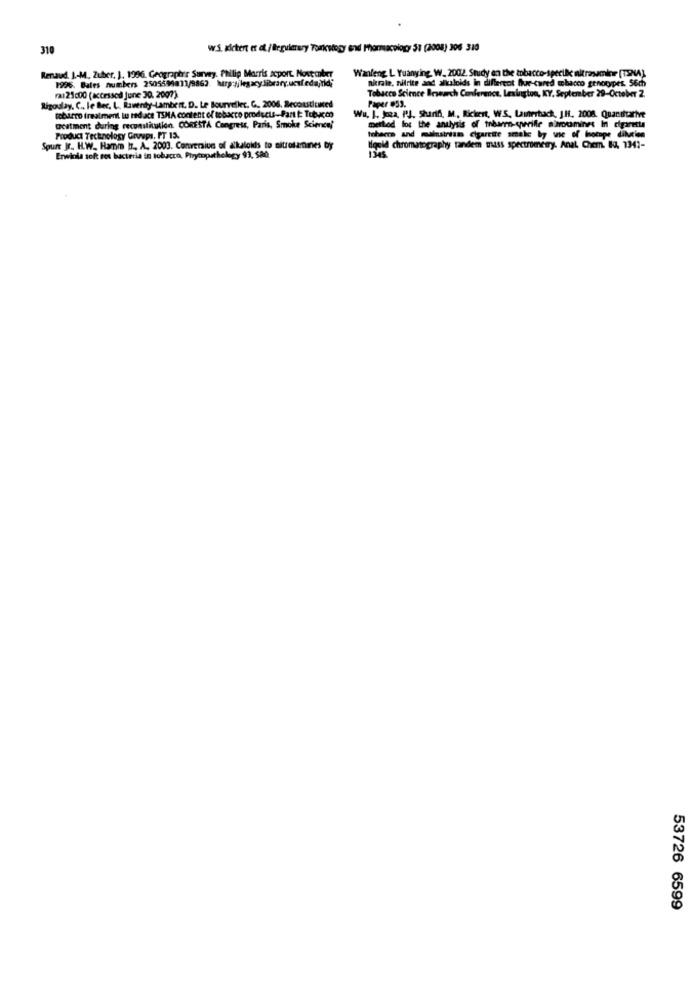
310
w.S. Kichert ot at/ legalmery Tonkology and Manuacology 51 (2008) 306 3:10
Wanleng L Yuanying. W. 2002. Snidy en the tobacco-speribe altrasmier (TINA)
Renaud. J .- M ., Zuber. ), 1996. Geographer Survey. Philip Morris acport. November
1996. Bales numbers 2505599811/9862. hur jjlegacy.library.ucsfedajnld;
nitrate, nitrite and alkaloids in different fue-cared wobacco grnocypes. 56m
Tobacco Science Brsearch Conference, Lexington, KY. September 29-October 2.
Rigoslay, C .. le Bec, L. Raventy-Lambert. D. Le Bourveller. G. 2006. Reconstituted
a125c00 (accessed june 30.2007)
Paper #59.
toburro treatment lu redace TSMA content of tobacco products-Part t: Tobacco
Wu. I. Joea. P.J. Sharifi, M ., Rickert, WS. Lainerbach, J.1. 2008. Quandlarive
Qestment during reconstitution CORESTA Congress, Paris, Smoke Science)
method los the analysis of trbaren-sperifle nuncamines In cigarette
Product Technology Groups. PT 15.
tobarra and malusiriam cigarette smale by wie of hocape diltien
Spurr Jr. H.W ., Hamm It. A. 2003. Conversion of alkaloids to sitrolatimes by
Igold chromatography tandem mass spectrometry. Anal Chem. No. 1341-
Erwicka soft ros bacteria in tobacco, Phrympathology 93, S80
53726 6599